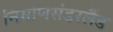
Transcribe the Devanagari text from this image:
निर्माणसंडरलैंड